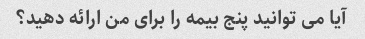
آیا می توانید پنج بیمه را برای من ارائه دهید؟